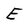
Character: E